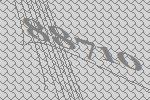
88710